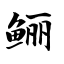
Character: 鲡